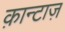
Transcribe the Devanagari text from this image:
क़ान्टाज़